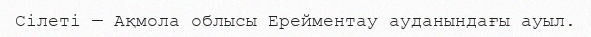
Сілеті — Ақмола облысы Ерейментау ауданындағы ауыл.